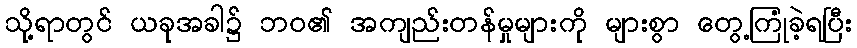
သို့ရာတွင် ယခုအခါ၌ ဘဝ၏ အကျည်းတန်မှုများကို များစွာ တွေ့ကြုံခဲ့ရပြီး